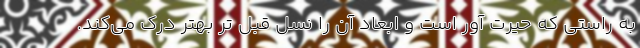
به راستی که حیرت آور است و ابعاد آن را نسل قبل تر بهتر درک می‌کند.